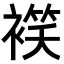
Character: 𧜕